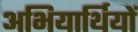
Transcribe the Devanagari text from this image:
अभियार्थियों